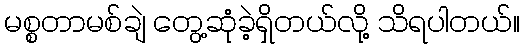
မစ္စတာမစ်ချဲ တွေ့ဆုံခဲ့ရှိတယ်လို့ သိရပါတယ်။